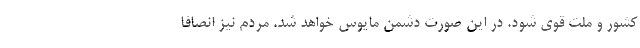
کشور و ملت قوی شود. در این صورت دشمن مایوس خواهد شد. مردم نیز انصافا